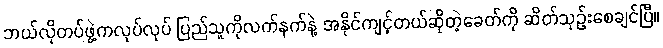
ဘယ်လိုတပ်ဖွဲ့ကလုပ်လုပ် ပြည်သူကိုလက်နက်နဲ့ အနိုင်ကျင့်တယ်ဆိုတဲ့ခေတ်ကို ဆိတ်သုဉ်းစေချင်ပြီ။